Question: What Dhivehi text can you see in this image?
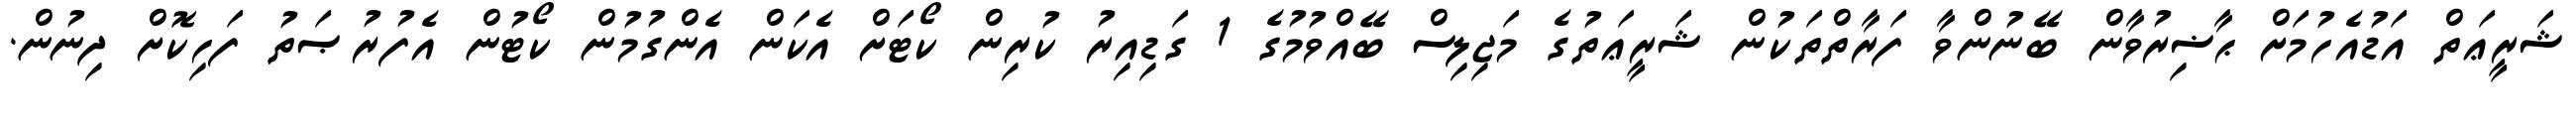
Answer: ޝަރީޢަތް އަޑުއެހުމަށް ޙާޟިރުވާން ބޭނުންވާ ފަރާތްތަކުން ޝަރީޢަތުގެ މަޖިލިސް ބޭއްވުމުގެ 1 ގަޑިއިރު ކުރިން ކޯޓަށް އެކަން އެންގުމުން ކޯޓުން އެފުރުޞަތު ފަހިކޮށް ދިނުން.